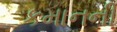
કમાનની